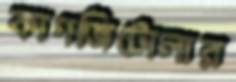
কাগজিটোলার